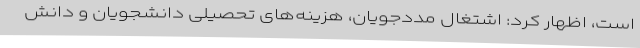
است، اظهار کرد: اشتغال مددجویان، هزینه‌های تحصیلی دانشجویان و دانش